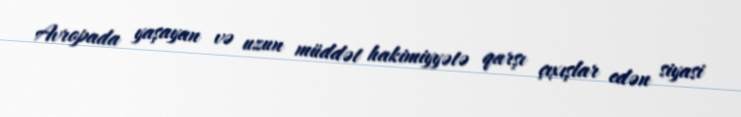
Avropada yaşayan və uzun müddət hakimiyyətə qarşı çıxışlar edən siyasi